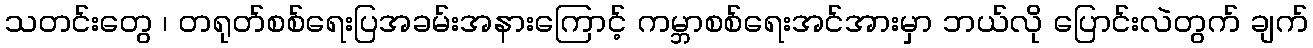
သတင်းတွေ ၊ တရုတ်စစ်ရေးပြအခမ်းအနားကြောင့် ကမ္ဘာစစ်ရေးအင်အားမှာ ဘယ်လို ပြောင်းလဲတွက် ချက်